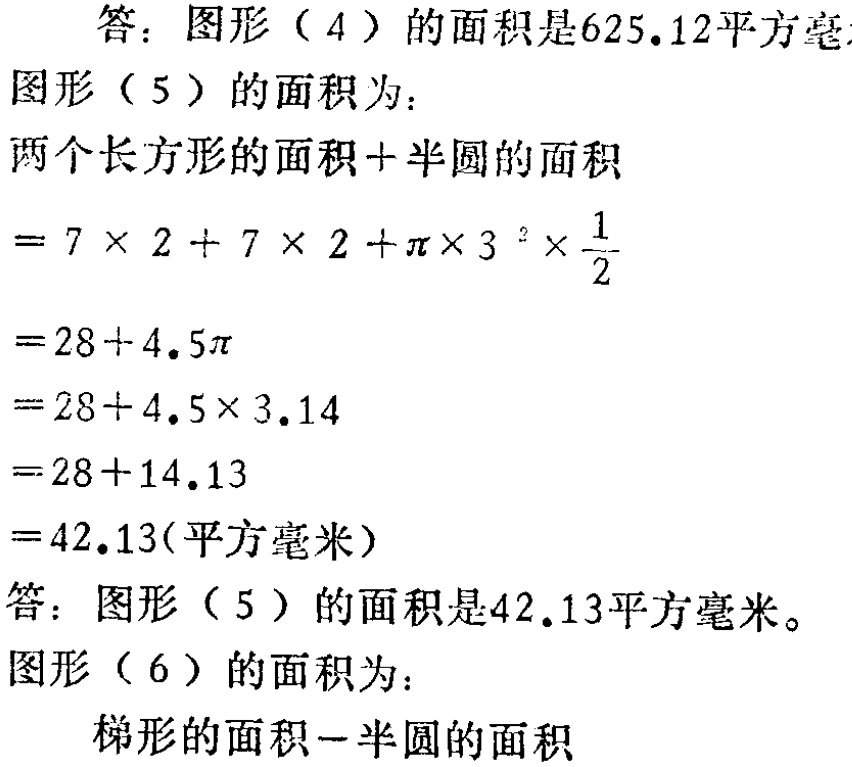
答：图形（4）的面积是625.12平方毫

图形（5）的面积为：

两个长方形的面积+半圆的面积

\(= 7\times 2 + 7\times 2+\pi\times 3^{2}\times\frac{1}{2}\)

\(=28 + 4.5\pi\)

\(=28 + 4.5\times 3.14\)

\(=28 + 14.13\)

\(=42.13(平方毫米)\)

答：图形（5）的面积是42.13平方毫米。

答：图形（6）的面积为：

梯形的面积-半圆的面积